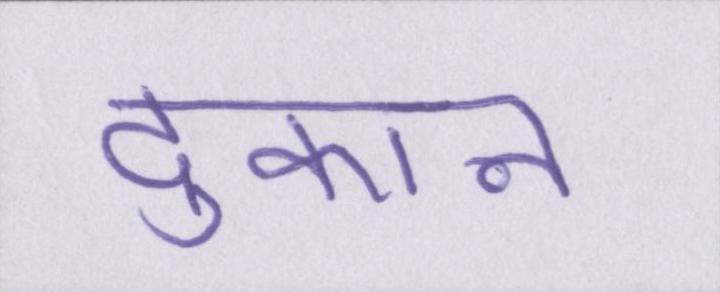
दुकान